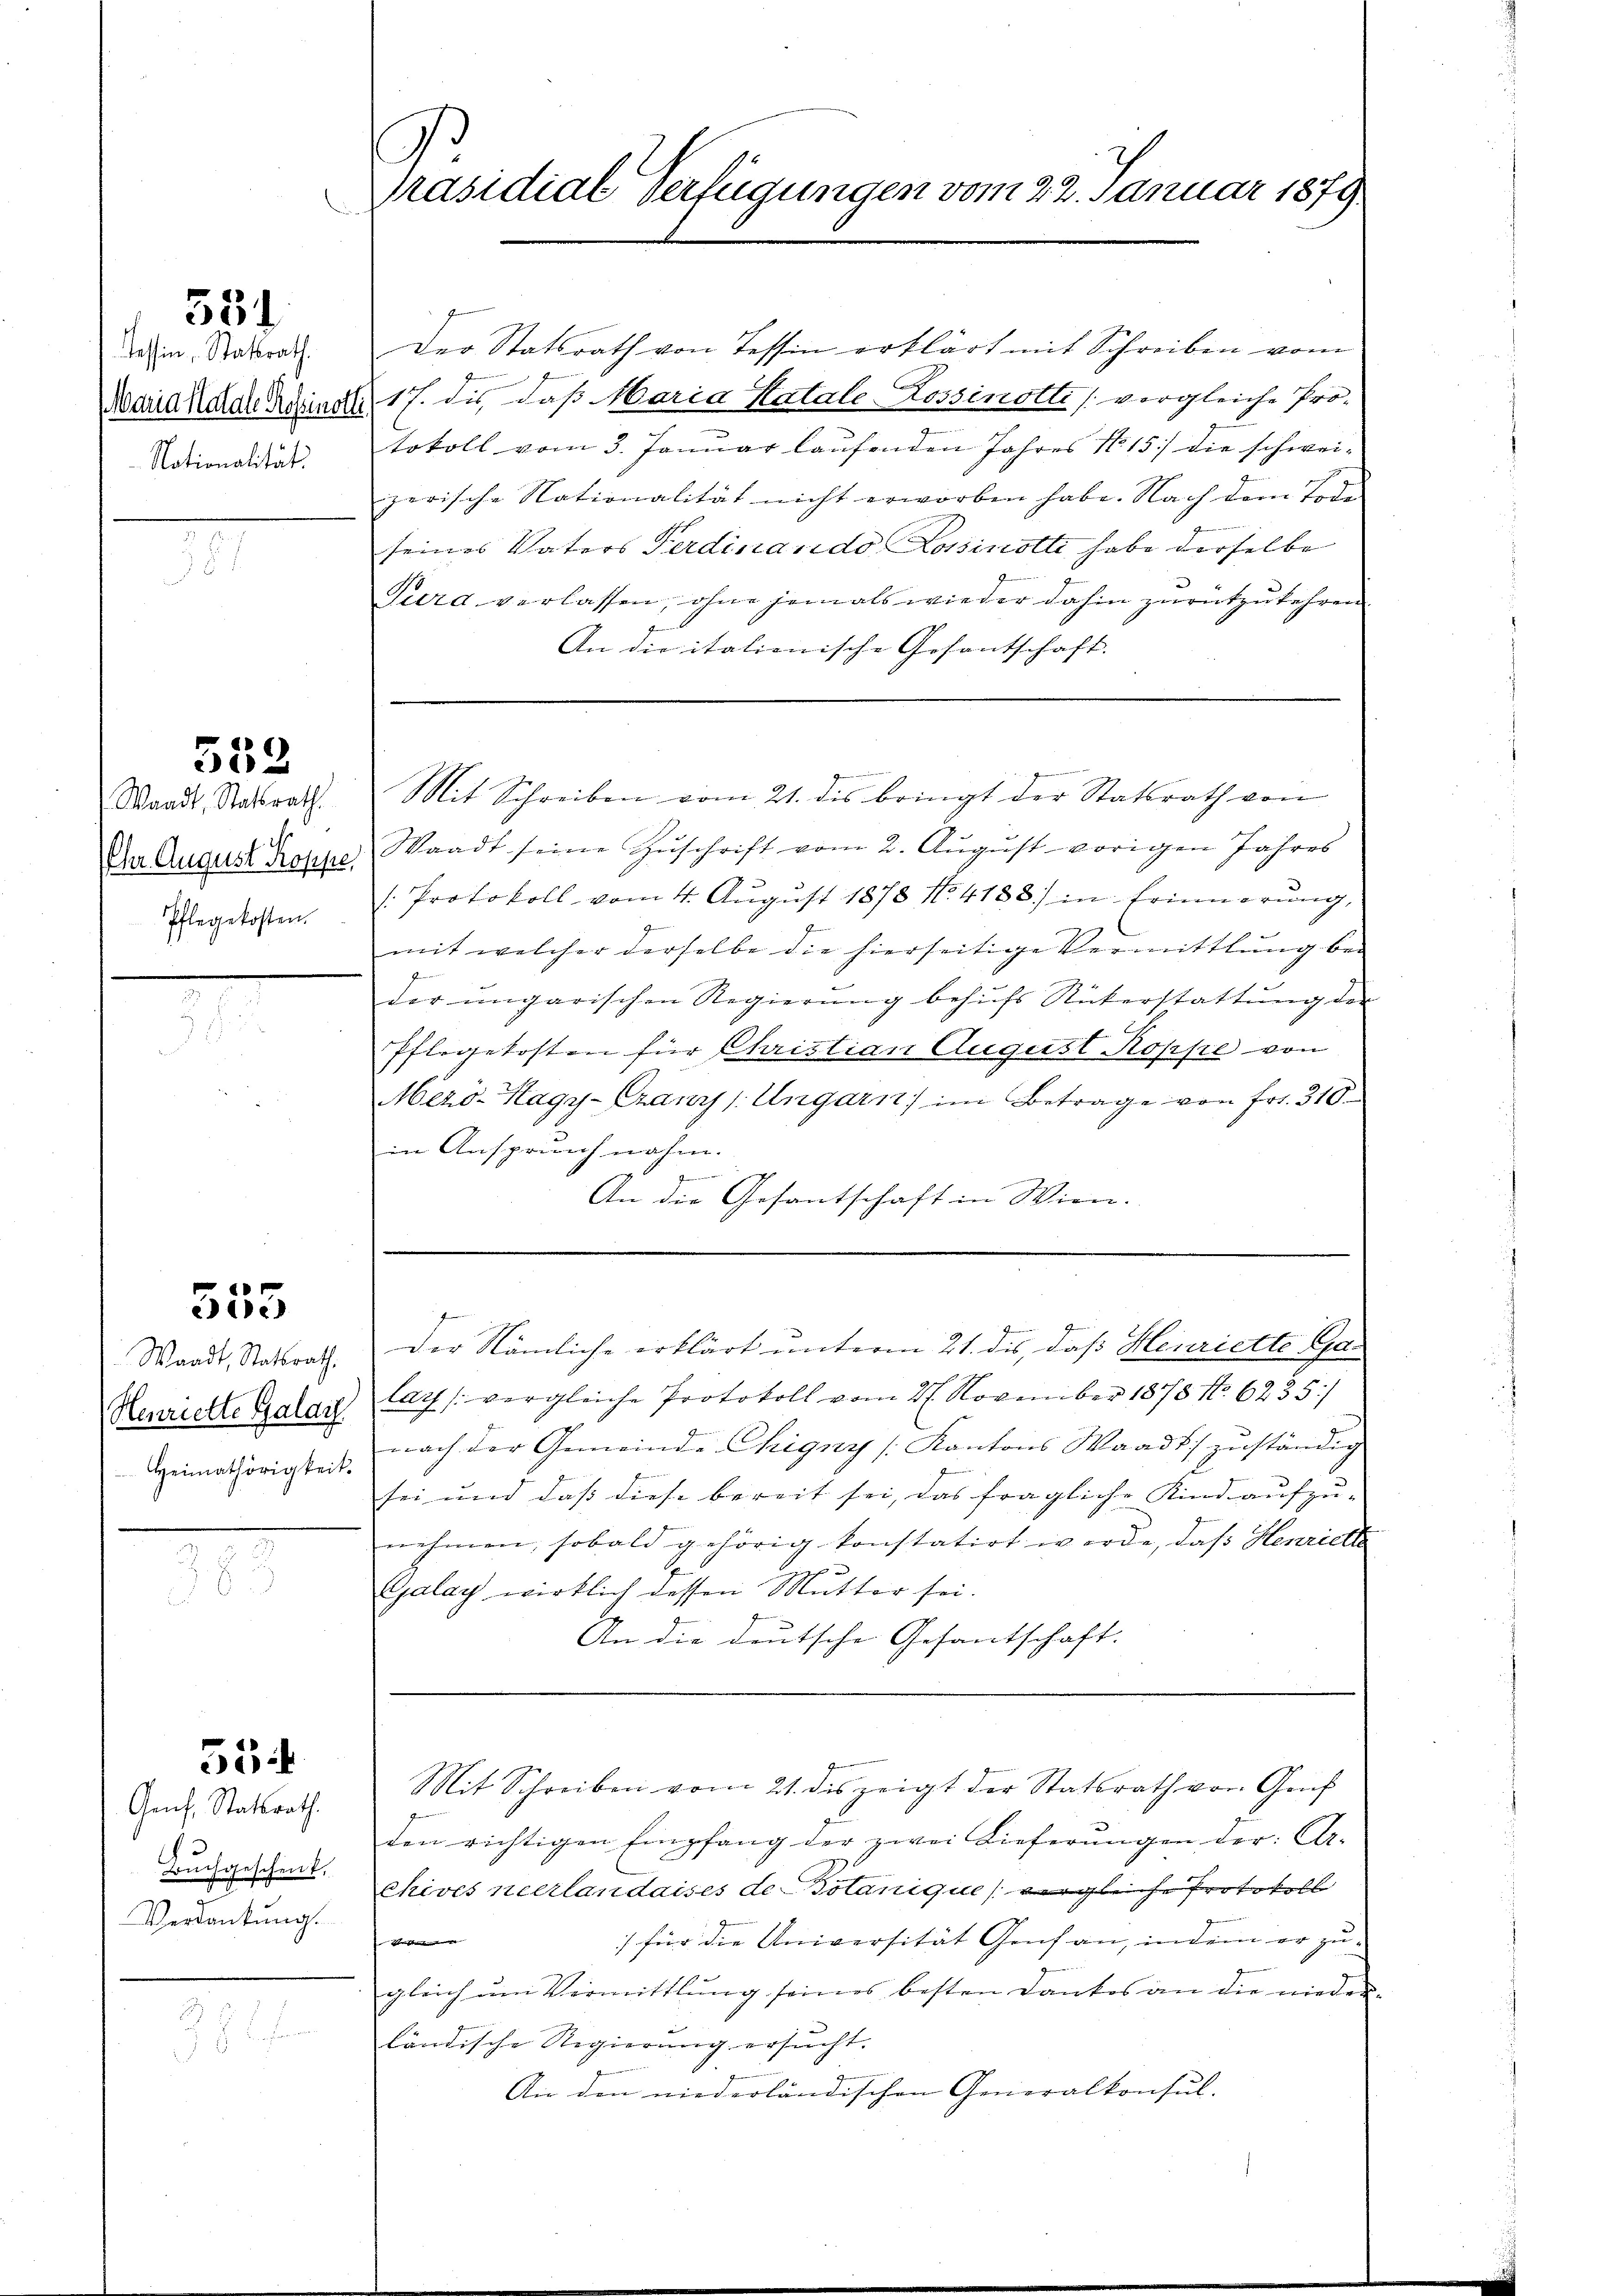
551

Tessin, Statsrath.
Maria Katale Rosinotli.
Nationalität.

552

Waadt, Statsrath.
f
Pflegekosten.

555

Waadt, Statsrath
Henriette Galar
Heimathörigkeit.

53ff

Genf. Statsrath.
Buchgeschenk.
Verdankung.

p
Präsidial Verfügungen vom 22. Januar 1879

Der Statsrath von Tessin erklärt mit Schreiben vom
17. die, daß Maria Katale Lossinotti (vergleiche Pro-
tokoll vom 3. Januar laufenden Jahres No 15. die schweizerische Nationalität nicht erworben habe. Nach dem Tode
seines Vaters Ferdinando Lossinotti habe derselbe
Tura verlassen, ohne jemals wieder dahin zurükzukehren.
An die italionische Gesantschaft.
Inman
Mit Schreiben vom 21. dis bringt der Statsrath von
Im August doppe, Waadt seine Zŭschrift vom 2. Aŭgŭst vorigen Jahres
[: Protokoll vom 4. August 1878 No. 4128) in Erinnerung,
mit welcher derselbe die hierseitige Vermittlung bei
s
der ungarischen Regierŭng besuchs Rükerstattŭng der
G
Pflegekosten für Christian August Koppe von
Mezö-Kagy-Gränz(...) Ungarn im Betrage von Fr. 310
in Anspruchnahm.
.
e
An die Gesantschaft in Wien.

lar (vergleiche Protokoll vom 27. November 1878 No. 6235/
nach der Gemeinde Chigny [Kantons Waadt zuständig
sei und daß diese bereit sei, das fragliche Kind aufzu-
nehmen, sobald gehörig konstatirt werde, daß Henriethe
Galay wirklich dessen Mutter sei
An die deutsche Gesandtschaft.

Der Nämliche erklärt unterm 21. dis, daß Henriette Gas

den richtigen Empfang der zwei Lieferŭngen der Ar-
chives neerlandaises de Botanique vergliche Protokoll
) für die Universität Genf an, indem er zu¬
Vette
gleich um Vermittlung seines besten Dankes an die niederländische Regierŭng ersŭcht.
An den niederländischen Generalkonsul-

Mit Schreiben vom 21. des zeigt der Statsrath von Genf